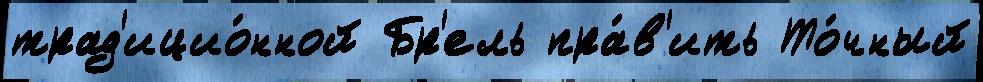
трад'ицио́нной Бр'ель пра́в'ить То́чный